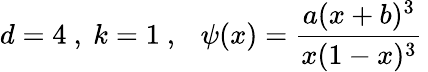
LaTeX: d=4\ ,\ k=1\ ,\ \ \ \psi(x)=\frac{a(x+b)^{3}}{x(1-x)^{3}}\,